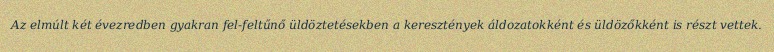
Az elmúlt két évezredben gyakran fel-feltűnő üldöztetésekben a keresztények áldozatokként és üldözőkként is részt vettek.